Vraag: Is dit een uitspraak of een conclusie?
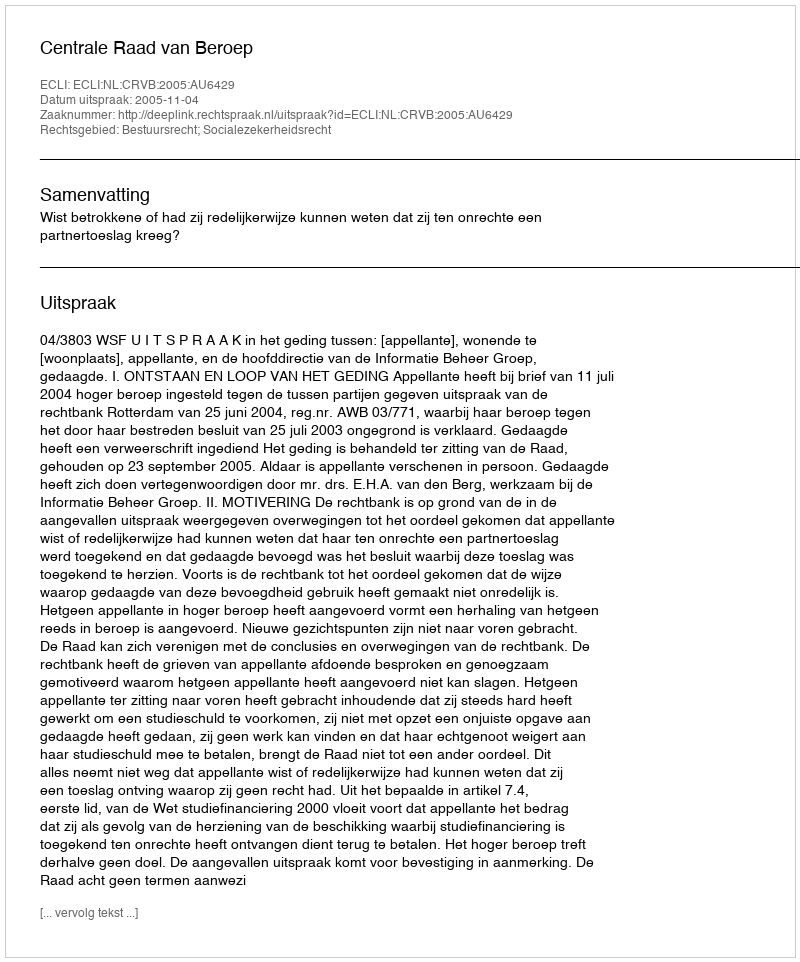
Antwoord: Uitspraak